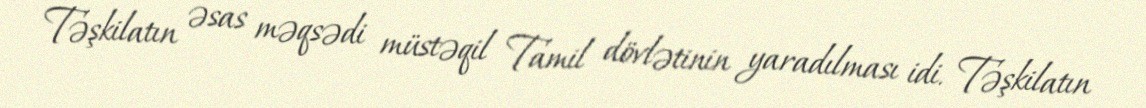
Təşkilatın əsas məqsədi müstəqil Tamil dövlətinin yaradılması idi. Təşkilatın